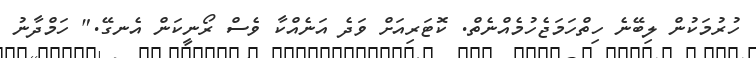
ހުރުމަކުން ލިބޭނެ ހިތްހަމަޖެހުމެއްނެތް. ކޮޓަރިއަށް ވަދެ އަނެއްކާ ވެސް ރޯނީކަން އެނގޭ." ހަމްދާނު